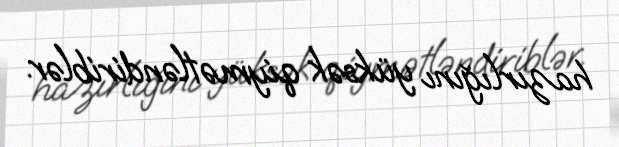
hazırlığını yüksək qiymətləndiriblər.